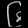
Digit: ၆